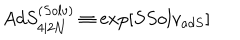
LaTeX: A d S _ { 4 \vert 2 { \cal N } } ^ { ( S o l v ) } \equiv \exp \left[ S S o l v _ { a d S } \right]